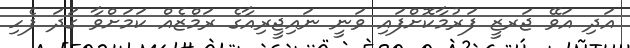
އަދި އަވޭ ޖަރޒީ ފަރުމާކޮށްފައި ވަނީ ނައިޖީރިއާގެ ރަމްޒެއް ކަމަށްވާ ގަދަ ފެހި